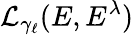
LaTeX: \mathcal{L}_{\gamma_{\ell}}(E,E^{\lambda})